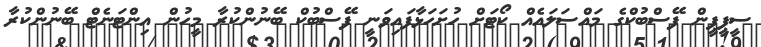
ސީޕީޕީން ފޭސްބުކްގެ މައްސަލައެއް ކޯޓަށް ހުށަހަޅާފައިވަނީ ފޭސްބުކް ބޭނުންކުރާ މީހުން އިންޓަނެޓް ބޭނުންކުރާ